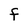
Character: F